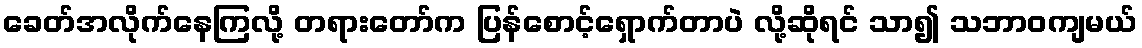
ခေတ်အလိုက်နေကြလို့ တရားတော်က ပြန်စောင့်ရှောက်တာပဲ လို့ဆိုရင် သာ၍ သဘာဝကျမယ်